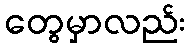
တွေမှာလည်း